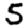
Digit: 5